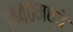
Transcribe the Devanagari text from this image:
१४४०मध्ये